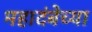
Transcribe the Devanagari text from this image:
महादंबेच्या